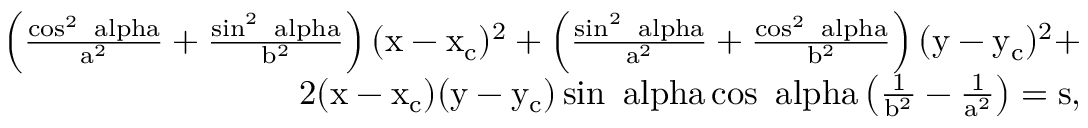
\begin{array} { r } { \mathrm { \left( \frac { \cos ^ { 2 } { \ a l p h a } } { a ^ { 2 } } + \frac { \sin ^ { 2 } { \ a l p h a } } { b ^ { 2 } } \right) ( x - x _ { c } ) ^ { 2 } + \left( \frac { \sin ^ { 2 } { \ a l p h a } } { a ^ { 2 } } + \frac { \cos ^ { 2 } { \ a l p h a } } { b ^ { 2 } } \right) ( y - y _ { c } ) ^ { 2 } + } } \\ { \mathrm { 2 ( x - x _ { c } ) ( y - y _ { c } ) \sin { \ a l p h a } \cos { \ a l p h a } \left( \frac { 1 } { b ^ { 2 } } - \frac { 1 } { a ^ { 2 } } \right) = \mathrm { s } } , } \end{array}